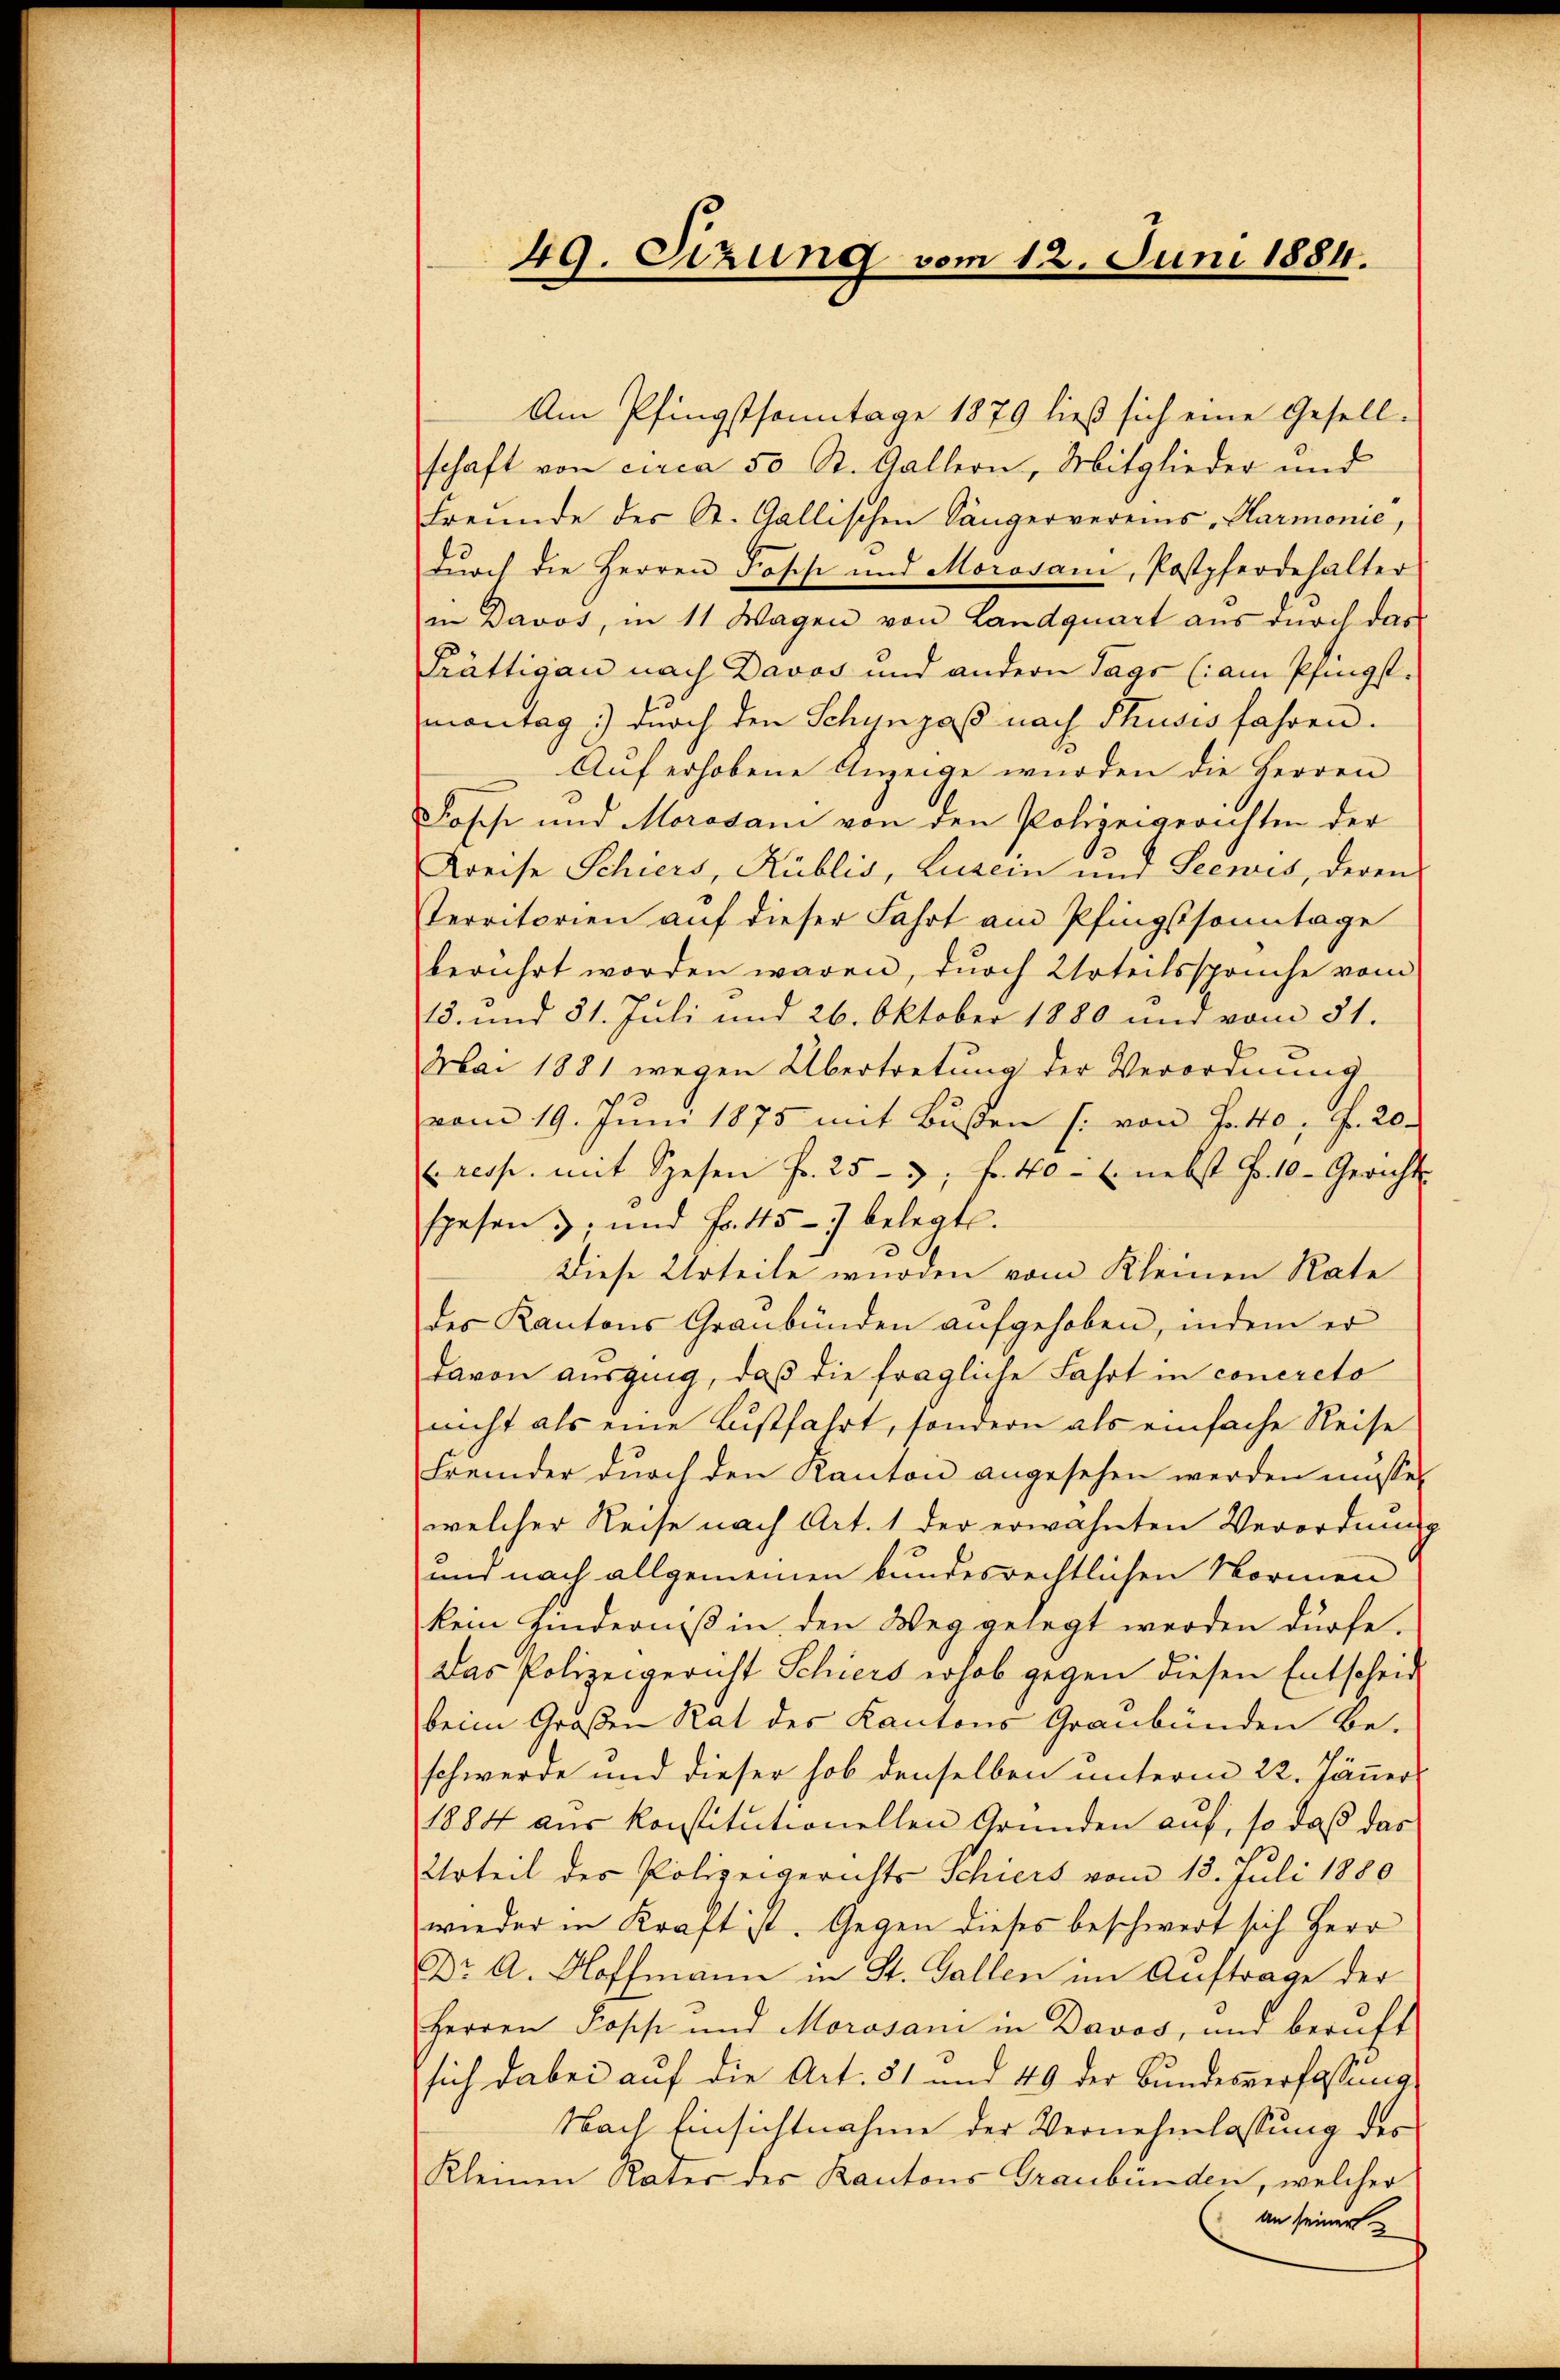
49. Sizung vom 12. Juni 1884.

Am Pfingstsonntage 1879 ließ sich eine Gesell-
schaft von circa 50 St. Gallern, Mitglieder und
Freunde des St. Gallischen Sängervereins, Harmonie,
dŭrch die Herren Fosche und Morovani, Postpferdehalter
in Davos, in 11 Wagen von Landquart aus durch das
Prättigau nach Davos und andern Tage (am Pfingst.
montag 1) durch den Schynzaß nach Thusis fahren.
Auf erhobene Anzeige wurden die Herren
Foses und Morasani von den Polizeigerichten der
Kreise Schiers, Küblis, Lusein und Seewis, deren
Territorien auf dieser Fahrt am Pfingstsonntage
berührt worden wären, durch Urteilssprüche vom
15. und 31. Juli und 26. Oktober 1880 und vom 31.
Mai 1881 wegen Übertretung der Verordnung
vom 19. Jŭni 1875 mit Bŭβen /: von Pato, Fr. 20.
(resp. mit Spesen Fr. 253 f. 40 - u. nebst fr. 10. Gerichts-
spesen ; und Fr. 45 - 7 belegte.
Diese Urteile wurden vom Kleinen Rate
des Kantons Graubünden aufgehoben, indem er
davon ausging, daß die fragliche Fahrt in concreto
nicht als eine Lustfahrt, sondern als einfache Reise
Fremder durch den Kanton angesehen werden müsse,
welcher Reise nach Art. 1 der erwähnten Verordnung
und nach allgemeinen bundesrechtlichen Normen
kein Hinderniß in den Weg gelegt werden dürfe.
Das Polizeigericht Schiers erhob gegen diesen Entscheid
beim Großen Rat des Kantons Graubünden be-
schwerde und dieser hob denselben unterm 22. Jänner
1884 aus konstitutionellen Gründen auf, so daß das
Urteil des Polizeigerichts Schiers vom 13. Juli 1880
wieder in Kraft ist. Gegen dieses beschwert sich Herr
Dr A. Hoffmann in St. Gallen im Auftrage der
Herren Popp und Morosani in Davos, und beruft
sich dabei auf die Art. 51 und 49 der Bundesverfassung
Nach Einsichtnahme der Vernehmlassung des
Kleinen Kater des Kantons Graubünden, welcher
an seiner